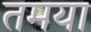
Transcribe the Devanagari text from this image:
तमया